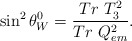
\begin{align*}\sin^2\theta_W^0=\frac{Tr\ T_3^2}{Tr\ Q_{em}^2}.\end{align*}